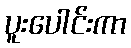
ပူးပေါင်းကာ